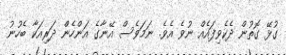
ގުޅޭ ގޮތުން ދެކެވިފައެއް ނުވެ އެވެ. ނަމަވެސް އޭނާގެ އަންހެން ދަރިއަކާ ބެހުނު